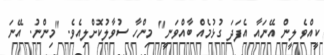
ކީއްވެ ލީން އޭނައާ އެފަދަ ގުޅުމެއް ބާއްވަނީ" މިންހާ ސުވާލުކޮށްލިއެވެ. "މިންނު. އޭނަ